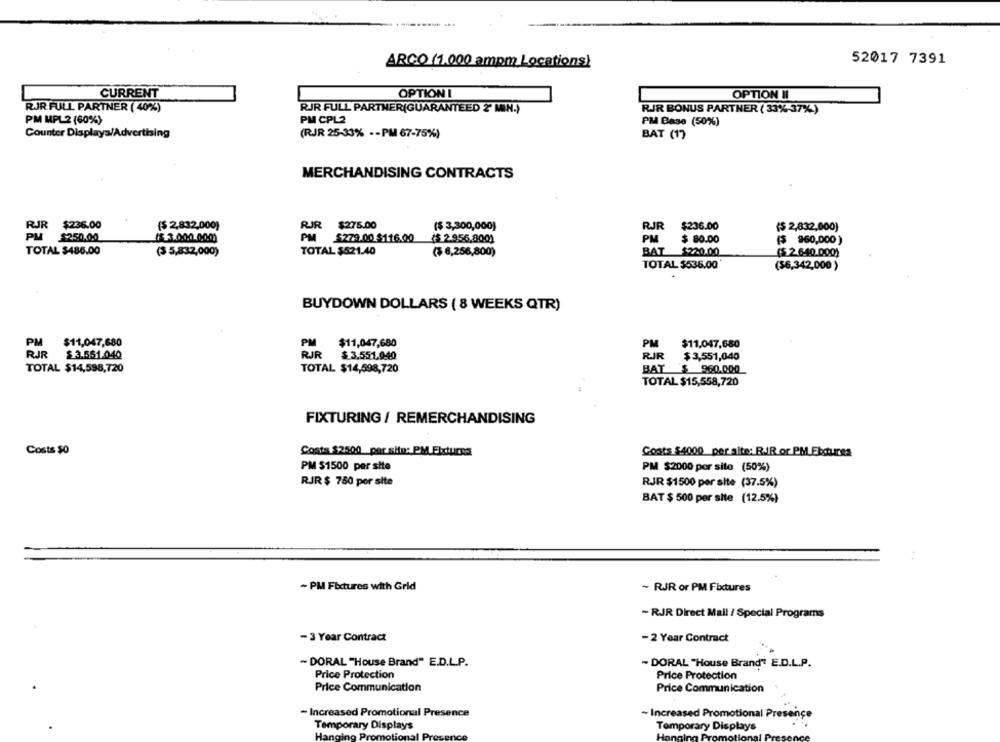
ARCO (1.000 ampm Locations)
52017 7391
CURRENT
OPTION I
OPTION II
RJR FULL PARTNER ( 40%)
RJR FULL PARTNER(GUARANTEED 2' MIN.)
RJR BONUS PARTNER ( 33% 37%)
PM CPL2
PM MPL2 (60%)
PM Base (50%)
Counter Displays/Advertising
(RJR 25-33% -- PM 67-75%)
BAT (1)
MERCHANDISING CONTRACTS
RJR
$236.00
($ 2,832,000)
RJR $275.00
($ 3,300,000)
RJR
$236.00
($ 2,832,000)
PM
$250.00
PM $279.00.$116.00
($ 2.956,800)
PM
$ 80.00
($ 960,000 )
TOTAL $486.00
($ 5,832,000)
TOTAL $521.40
($ 6,256,800)
BAT $220.00
($ 2.640.000)
TOTAL $535.00
($6,342,000 )
BUYDOWN DOLLARS ( 8 WEEKS QTR)
PM
PM
$11,047,680
$11,047,680
PM
$11,047,680
RJR
$ 3.551.040
RJR
$ 3.551.040
RJR
$ 3,551,040
TOTAL $14,598,720
TOTAL $14,598,720
BAT $ 960.000
TOTAL $15,558,720
FIXTURING / REMERCHANDISING
Costs $0
Costs $2.500 por sie: PM.Ebturns
Costs $4000 per site: RJR or PM.Ebtures
PM $1500 per site
PM $2000 por site (50%)
RJR $ 750 por site
RJR $1500 per site (37.5%)
BAT $ 500 per site (12.5%)
- PM Fixtures with Grid
- RJR or PM Fixtures
- RJR Direct Mail / Special Programs
-3 Year Contract
-2 Year Contract
- DORAL "House Brand" E.D.L.P.
- DORAL "House Brand" E.D.L.P.
Price Protection
Price Protection
Price Communication
Price Communication
- Increased Promotional Presence
- Increased Promotional Presence
Temporary Displays
Tomporary Displays
Hanging Promotional Pro
Hanging